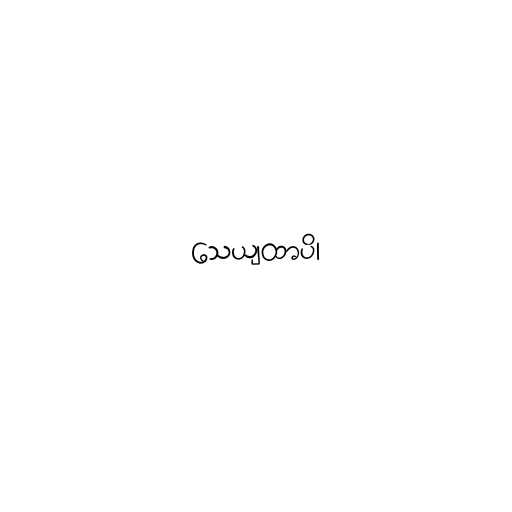
သေယျထာပိ၊